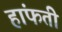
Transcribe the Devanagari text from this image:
हांफती